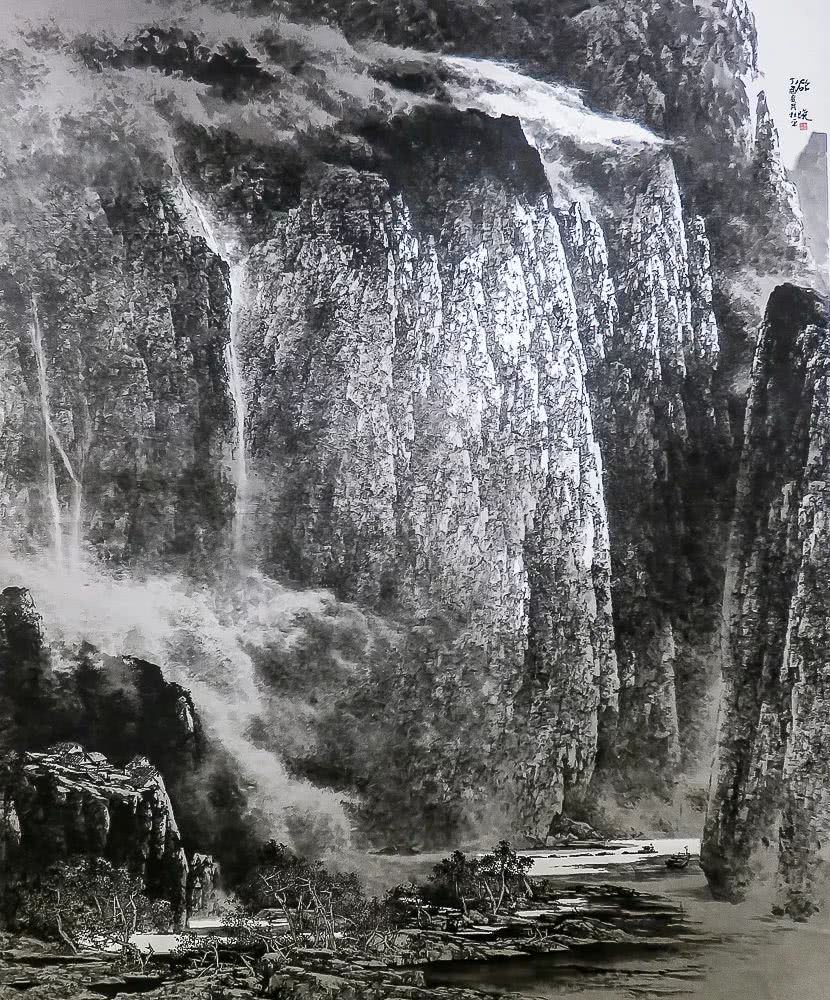
外内表里，自相副称。